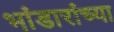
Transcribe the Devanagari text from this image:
भांडारांच्या